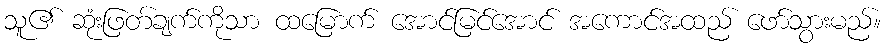
သူ၏ ဆုံးဖြတ်ချက်ကိုသာ ထမြောက် အောင်မြင်အောင် အကောင်အထည် ဖော်သွားမည်။